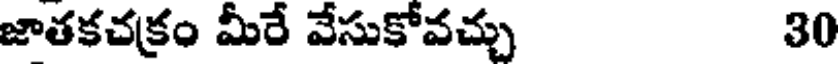
జాతకచక్రం మీరే వేసుకోవచ్చు 30